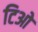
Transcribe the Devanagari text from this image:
टिओ